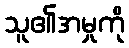
သူ၏အမှုကို